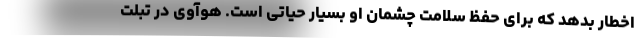
اخطار بدهد که برای حفظ سلامت چشمان او بسیار حیاتی است. هوآوی در تبلت